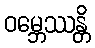
ဝမ္ဘေဿန္တိ